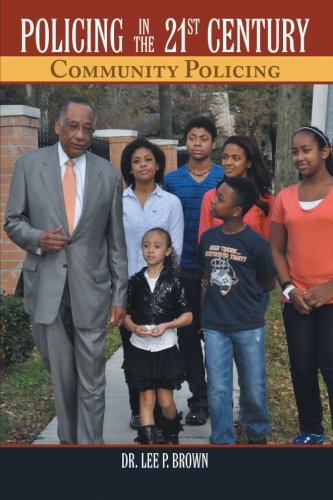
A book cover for Policing in the 21st Century: Community Policing; Dr. Lee P. Brown; Law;